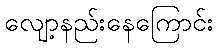
လျော့နည်းနေကြောင်း